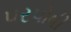
પરપોષી